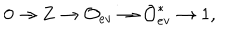
0 \rightarrow { \bf Z } \rightarrow { \cal O } _ { \mathrm { e v } } \rightarrow { \cal O } _ { \mathrm { e v } } ^ { * } \rightarrow 1 ,